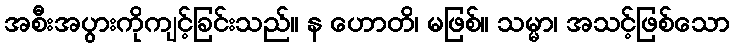
အစီးအပွားကိုကျင့်ခြင်းသည်။ န ဟောတိ၊ မဖြစ်။ သမ္မာ၊ အသင့်ဖြစ်သော